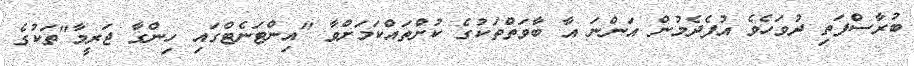
ބުރާސްފަތި ދުވަހެވެ އުފެދެމުން އަންނަ އާ ބާވަތްތަކުގެ ކުށްތައްކަމަށްވާ "އިންޓަނެޓްގައި ހިންގާ ޖަރީމާ"ތަކުގެ